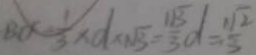
B C - \frac { 1 } { 3 } \times d \times \sqrt { 3 } = \frac { 1 \sqrt { 3 } } { 3 } d = \frac { 1 \sqrt { 2 } } { 3 }